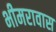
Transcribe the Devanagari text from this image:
भीमरावास